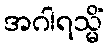
အဂါရသ္မိံ